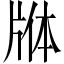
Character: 𬌕